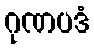
ဂုဏပဒံ